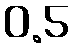
0.5